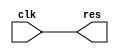
module ALU
(
	input		clk,
	
	output	res

);

assign res = clk;



endmodule